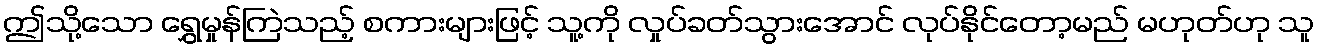
ဤသို့သော ရွှေမှုန်ကြဲသည့် စကားများဖြင့် သူ့ကို လှုပ်ခတ်သွားအောင် လုပ်နိုင်တော့မည် မဟုတ်ဟု သူ